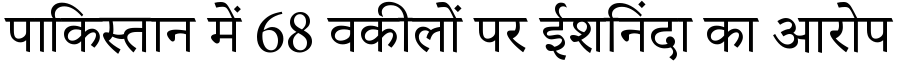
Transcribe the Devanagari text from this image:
पाकिस्तान में 68 वकीलों पर ईशनिंदा का आरोप